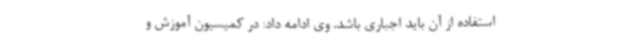
استفاده از آن باید اجباری باشد. وی ادامه داد: در کمیسیون آموزش و